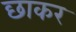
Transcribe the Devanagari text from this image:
छाकर